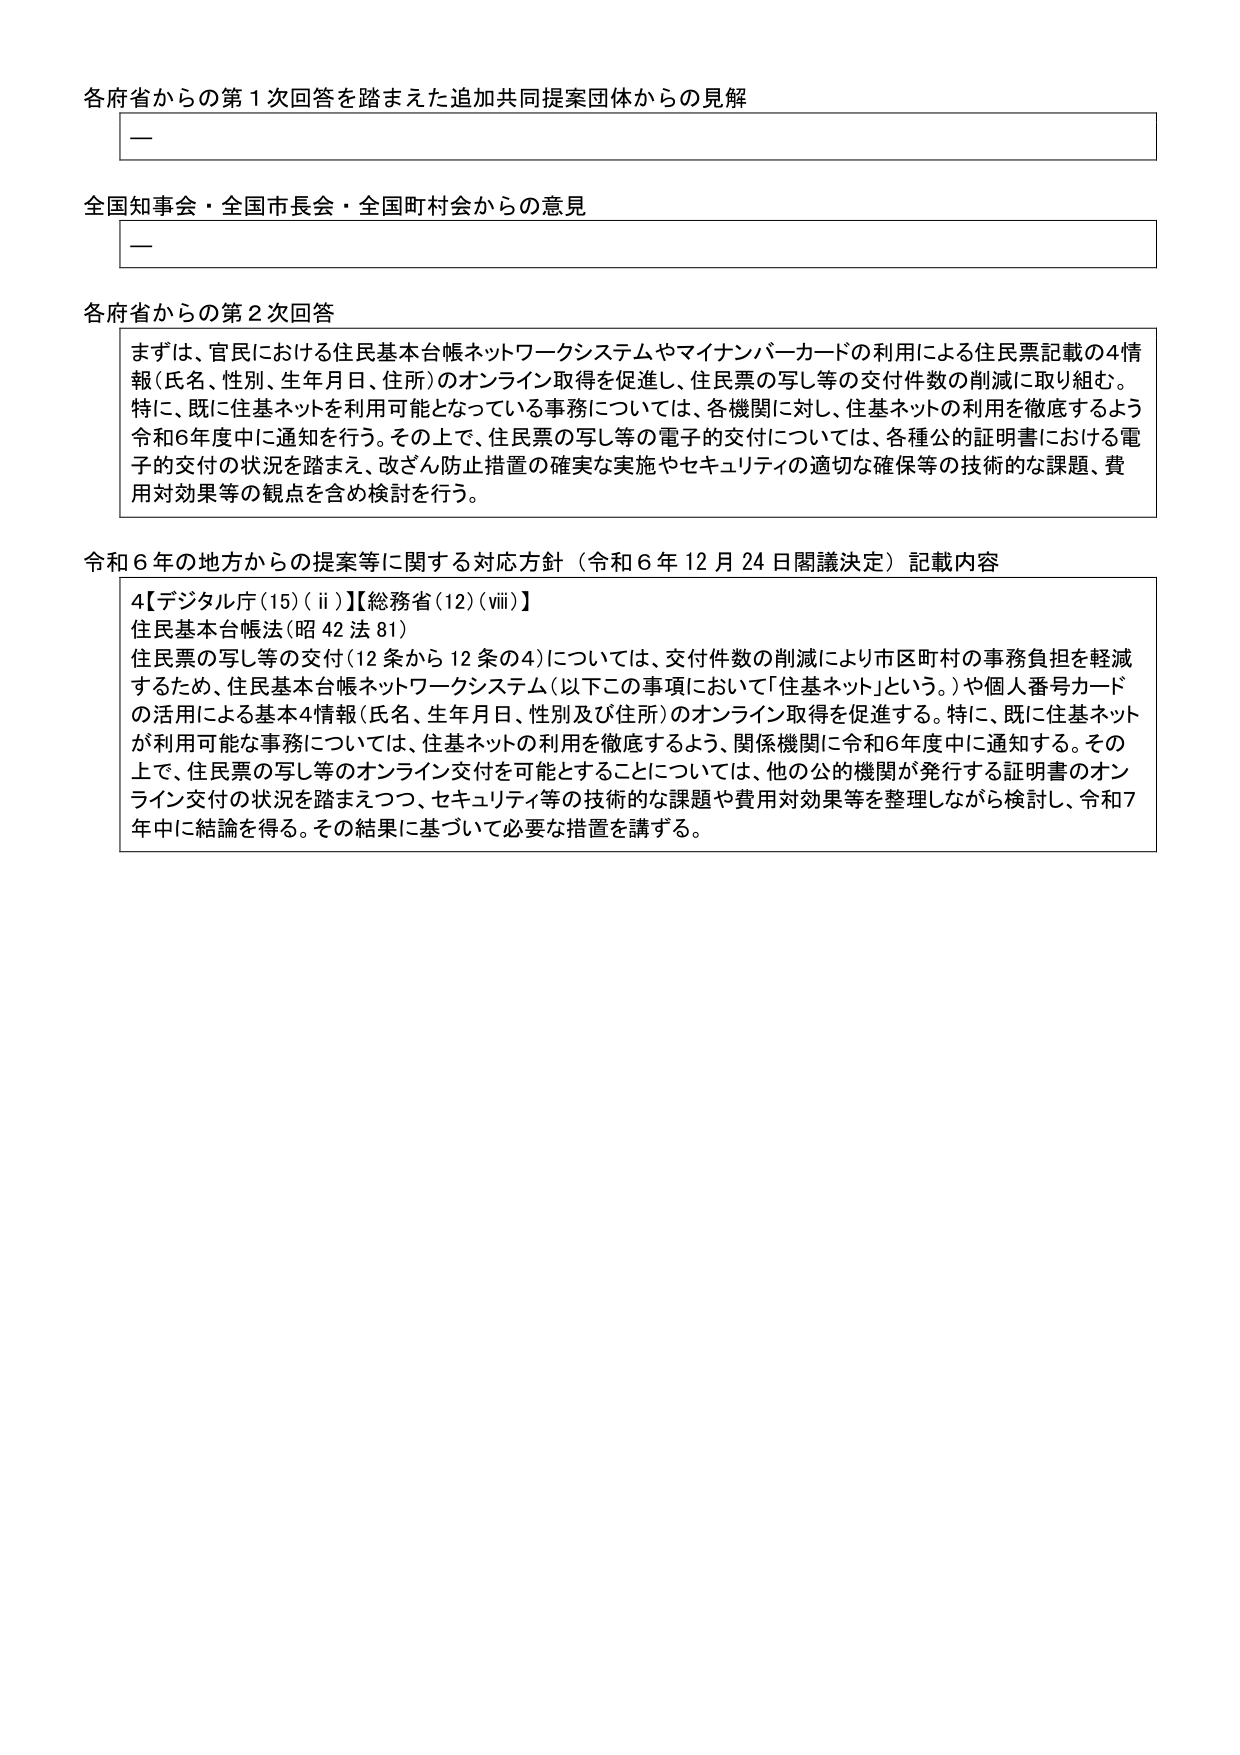
各府省からの第１次回答を踏まえた追加共同提案団体からの見解
ー

全国知事会・全国市長会・全国町村会からの意見
ー

各府省からの第２次回答
まずは、官民における住民基本台帳ネットワークシステムやマイナンバーカードの利用による住民票記載の4情報（氏名、性別、生年月日、住所）のオンライン取得を促進し、住民票の写し等の交付件数の削減に取り組む。特に、既に住基ネットを利用可能となっている事務については、各機関に対し、住基ネットの利用を徹底するよう令和6年度中に通知を行う。その上で、住民票の写し等の電子的交付については、各種公的証明書における電子的交付の状況を踏まえ、改ざん防止措置の確実な実施やセキュリティの適切な確保等の技術的な課題、費用対効果等の観点を含め検討を行う。

令和６年の地方からの提案等に関する対応方針（令和６年12月24日閣議決定）記載内容
4【デジタル庁(15)(ⅱ)】【総務省(12)(ⅷ)】
住民基本台帳法（昭42法81）
住民票の写し等の交付（12条から12条の4）については、交付件数の削減により市区町村の事務負担を軽減するため、住民基本台帳ネットワークシステム（以下この事項において「住基ネット」という。）や個人番号カードの活用による基本4情報（氏名、生年月日、性別及び住所）のオンライン取得を促進する。特に、既に住基ネットが利用可能な事務については、住基ネットの利用を徹底するよう、関係機関に令和6年度中に通知する。その上で、住民票の写し等のオンライン交付を可能とすることについては、他の公的機関が発行する証明書のオンライン交付の状況を踏まえつつ、セキュリティ等の技術的な課題や費用対効果等を整理しながら検討し、令和7年中に結論を得る。その結果に基づいて必要な措置を講ずる。